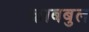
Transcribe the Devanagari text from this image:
काबबुल